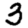
Digit: 3